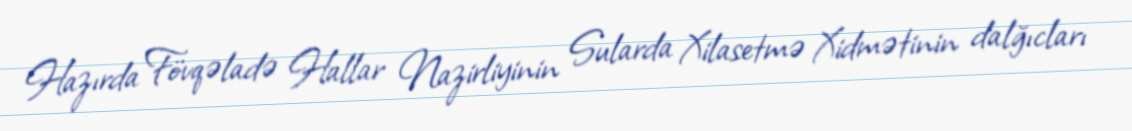
Hazırda Fövqəladə Hallar Nazirliyinin Sularda Xilasetmə Xidmətinin dalğıcları